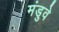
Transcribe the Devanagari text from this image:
मंडुवे